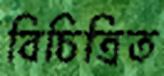
বিচিত্রিত